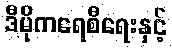
ဒီမိုကရေစီရေးနှင့်